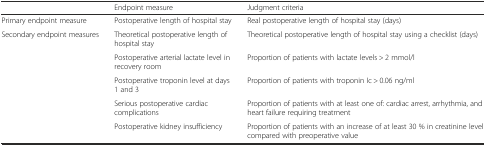
<table><thead><tr><td></td><td><b>Endpoint measure</b></td><td><b>Judgment criteria</b></td></tr></thead><tbody><tr><td>Primary endpoint measure</td><td>Postoperative length of hospital stay</td><td>Real postoperative length of hospital stay (days)</td></tr><tr><td rowspan="5">Secondary endpoint measures</td><td>Theoretical postoperative length of hospital stay</td><td>Theoretical postoperative length of hospital stay using a checklist (days)</td></tr><tr><td>Postoperative arterial lactate level in recovery room</td><td>Proportion of patients with lactate levels &gt; 2 mmol/l</td></tr><tr><td>Postoperative troponin level at days 1 and 3</td><td>Proportion of patients with troponin Ic &gt; 0.06 ng/ml</td></tr><tr><td>Serious postoperative cardiac complications</td><td>Proportion of patients with at least one of: cardiac arrest, arrhythmia, and heart failure requiring treatment</td></tr><tr><td>Postoperative kidney insufficiency</td><td>Proportion of patients with an increase of at least 30 % in creatinine level compared with preoperative value</td></tr></tbody></table>